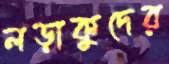
লড়াকুদের